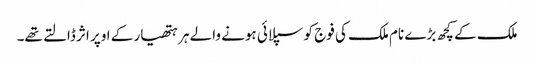
ملک کے کچھ بڑے نام ملک کی فوج کو سپلائی ہونے والے ہر ہتھیار کے اوپر اثر ڈالتے تھے۔